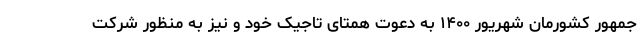
جمهور کشورمان شهریور ۱۴۰۰ به دعوت همتای تاجیک خود و نیز به منظور شرکت